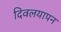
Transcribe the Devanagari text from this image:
दिवलयापन